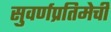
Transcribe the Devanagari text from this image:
सुवर्णप्रतिमेची